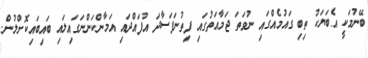
ބޭނުމަކީ އެބަޔަކު ތިބި ގައުމެއްގައި ނުވަތަ ޖަމާއަތުގައި ފިތުނަފަސާދަ އުފައްދައި އަމާންކަންނަގައިލައި ބައިބައިކޮށްލުން.